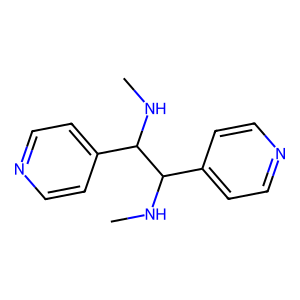
SMILES: CNC(c1ccncc1)C(NC)c1ccncc1
Inhibits HIV replication: No